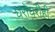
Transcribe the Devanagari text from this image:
घरोघरीही